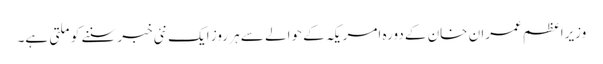
وزیراعظم عمران خان کے دورہ امریکہ کے حوالے سے ہر روز ایک نئی خبر سننے کو ملتی ہے۔